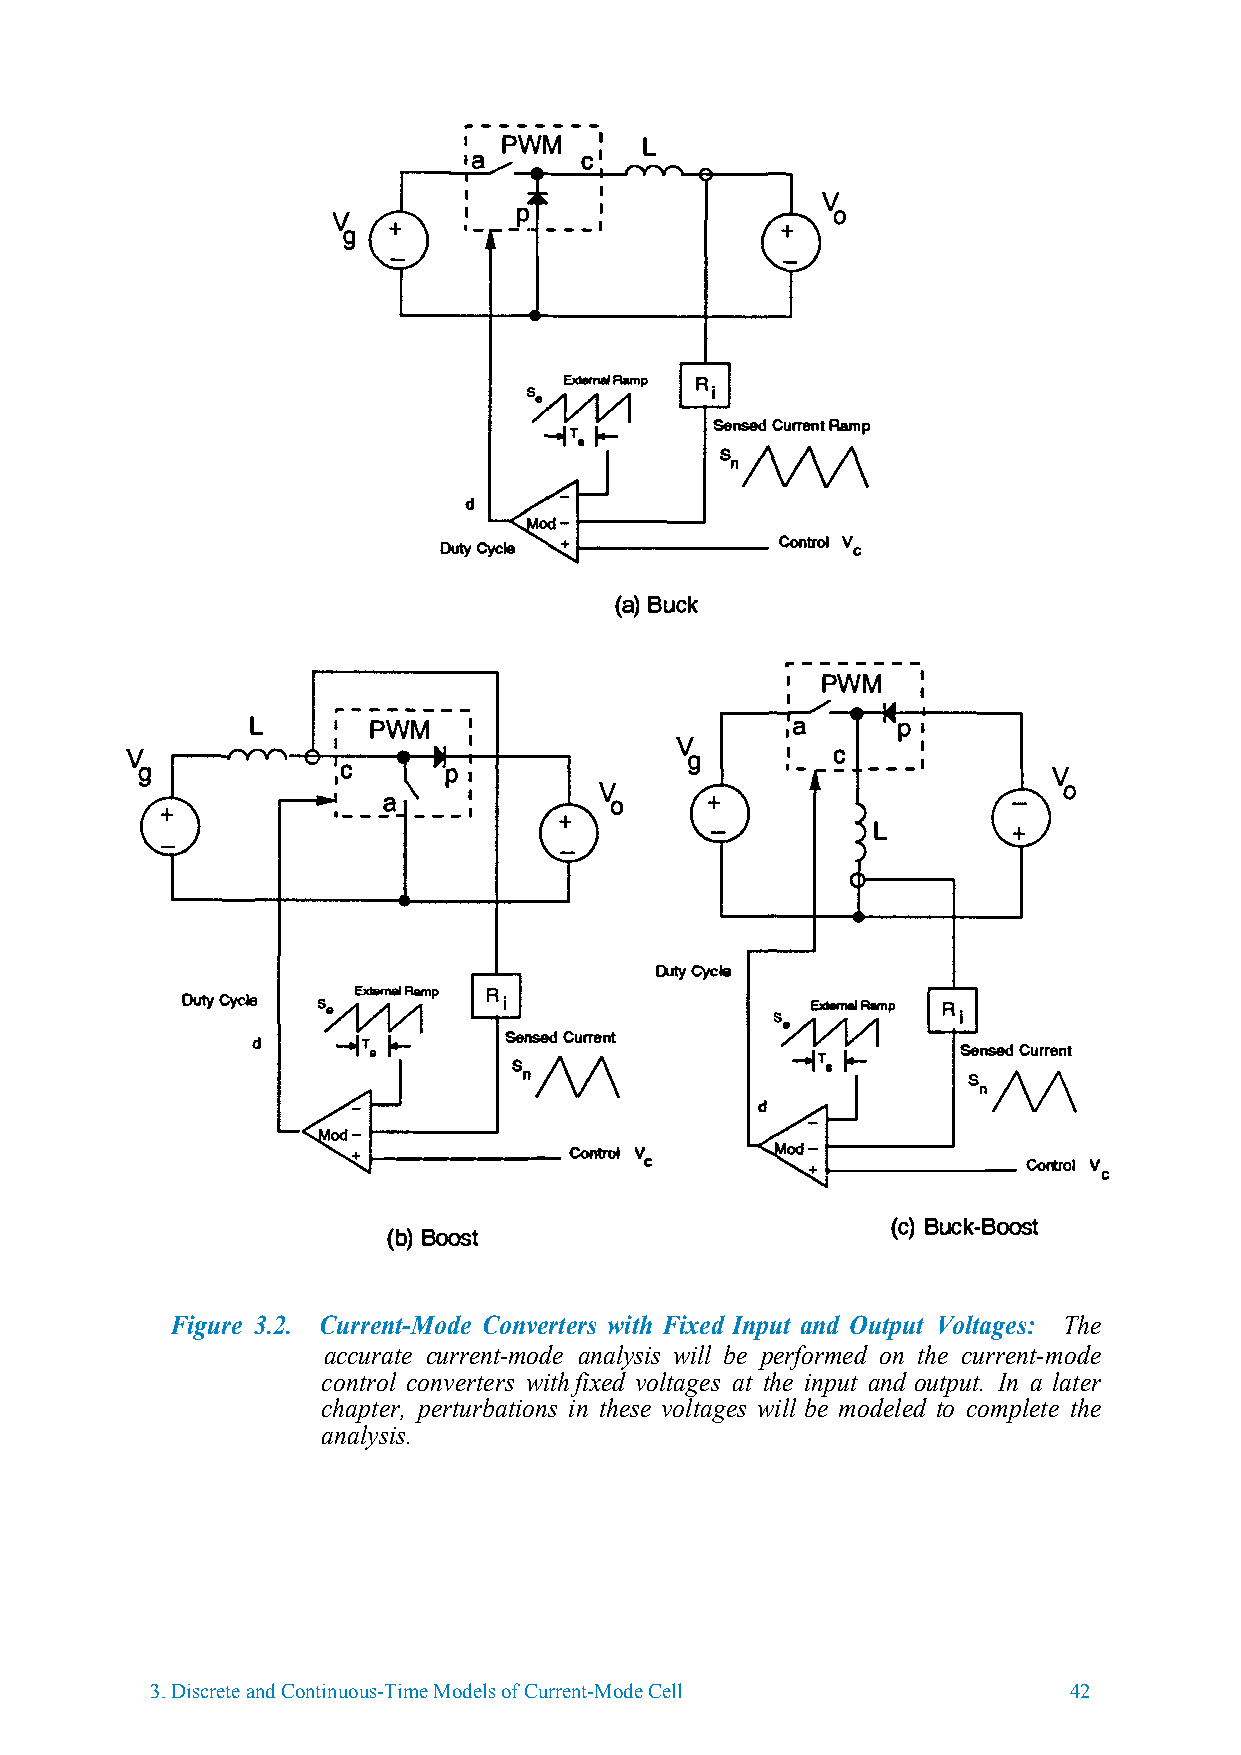
..- ------
 PWM    I  L
 •a      c•
 ·--·
 --
 _p
 vg
 Sensed CurrenRamtp
 d
 (aB)uck
 P-------
 PWM    :
 L       PWM                        ,a
 ·-c   -p -• _ :
 ,c
 P•
 ·--.?    I
 L
 Duty Cycle
 Duty Cycle
 Sensed Current
 Sensed Current
 1--------
 Control Ve       i--------
 Control V c
 (cB)uck-Boost
 (bB)oost
 Figure 3.2. Current-Mode Converters with Fixed Input and Output Voltages: The
 accurate current-mode analysis will be performed on the current-mode
 control converters with fixed voltages at the input and output. In a later
 chapter, perturbations in these voltages will be modeled to complete the
 analysis.
 3.Discrete and Continuous-Time Models of Current-Mode Cell   42